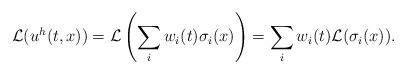
LaTeX: \begin{align*}\mathcal{L}(u^h(t,x))=\mathcal{L}\left(\sum_i w_i(t)\sigma_i(x)\right)= \sum_i w_i(t)\mathcal{L}(\sigma_i(x)).\end{align*}